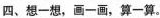
四、想一想，画一画，算一算。